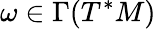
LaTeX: \omega\in\Gamma(T^{*}M)